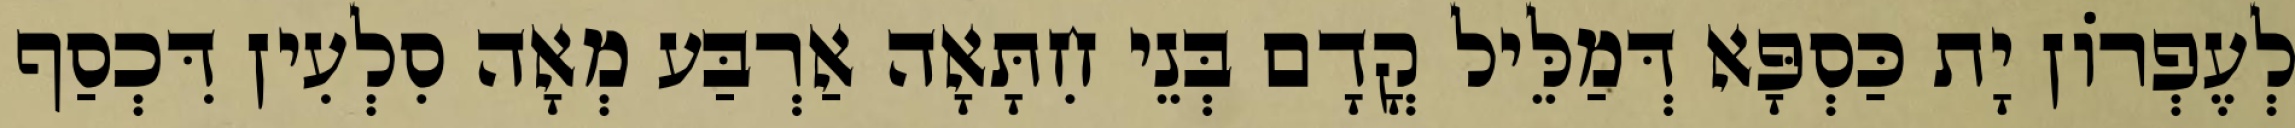
לְעֶפְרוֹן יָת כַּסְפָּא דְּמַלֵּיל קֳדָם בְּנֵי חִתָּאָה אַרְבַּע מְאָה סִלְעִין דִּכְסַף